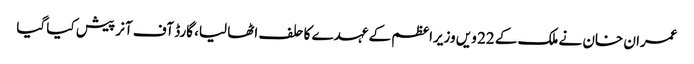
عمران خان نے ملک کے 22 ویں وزیراعظم کے عہدے کا حلف اٹھا لیا، گارڈ آف آنر پیش کیا گیا